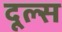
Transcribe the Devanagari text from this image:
दूल्स